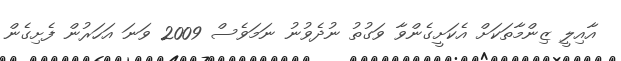
އާއިލީ ޒިންމާތަކަށް އެކަށީގެންވާ ވަގުތު ނުދެވުނު ނަމަވެސް 2009 ވަނަ އަހަރުން ފެށިގެން